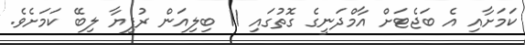
ކަމަށާއި އެ ބަޖެޓަށް އާމްދަނީގެ ގޮތުގައި 11 ބިލިއަން ރުފިޔާ ލިބޭ ކަމަށެވެ.